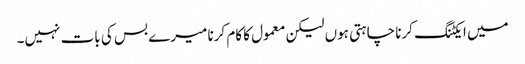
میں ایکٹنگ کرنا چاہتی ہوں لیکن معمول کا کام کرنا میرے بس کی بات نہیں۔